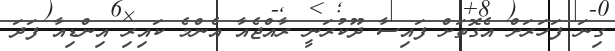
ގިނަ ފަހަރަށް އެގޮތަށް ފައިސާ ދޫކުރަނީ ރާއްޖެއާ އެންމެ ކައިރި އިންޑިއާ ފަދަ